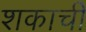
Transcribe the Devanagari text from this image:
शकाची